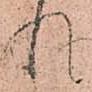
れ